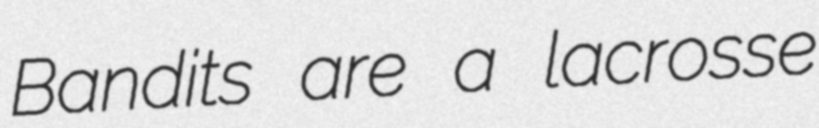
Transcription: Bandits are a lacrosse